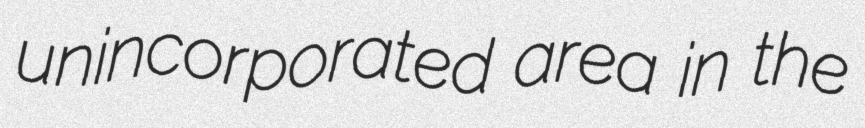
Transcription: unincorporated area in the